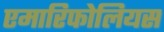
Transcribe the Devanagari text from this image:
एमारिफोलियस